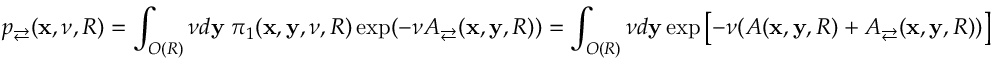
p _ { \rightleftarrows } ( \mathbf x , \nu , R ) = \int _ { O ( R ) } \nu d \mathbf y \; \pi _ { 1 } ( \mathbf x , \mathbf y , \nu , R ) \exp ( - \nu A _ { \rightleftarrows } ( \mathbf x , \mathbf y , R ) ) = \int _ { O ( R ) } \nu d \mathbf y \exp \left[ - \nu ( A ( \mathbf x , \mathbf y , R ) + A _ { \rightleftarrows } ( \mathbf x , \mathbf y , R ) ) \right]